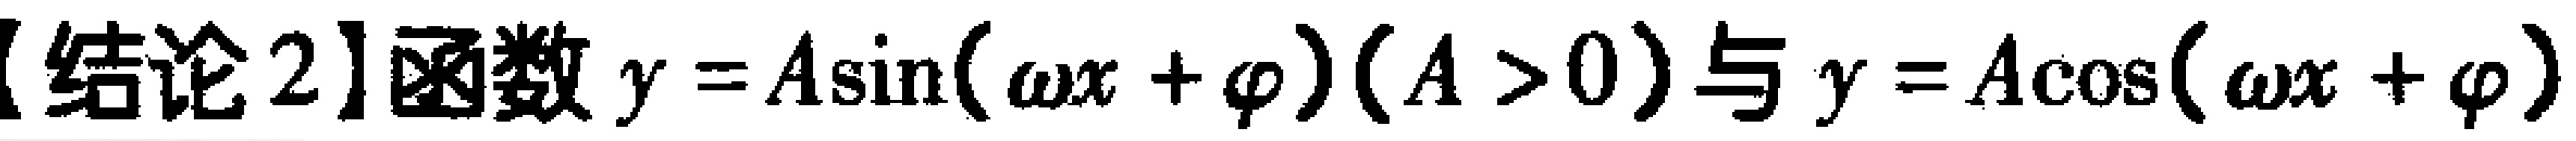
【结论2】函数$y = A\sin(\omega x+\varphi)(A > 0)$与$y = A\cos(\omega x+\varphi)$